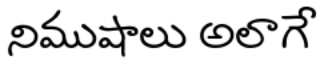
నిముషాలు అలాగే